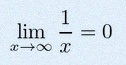
\lim_{x\to\infty}\frac{1}{x}=0